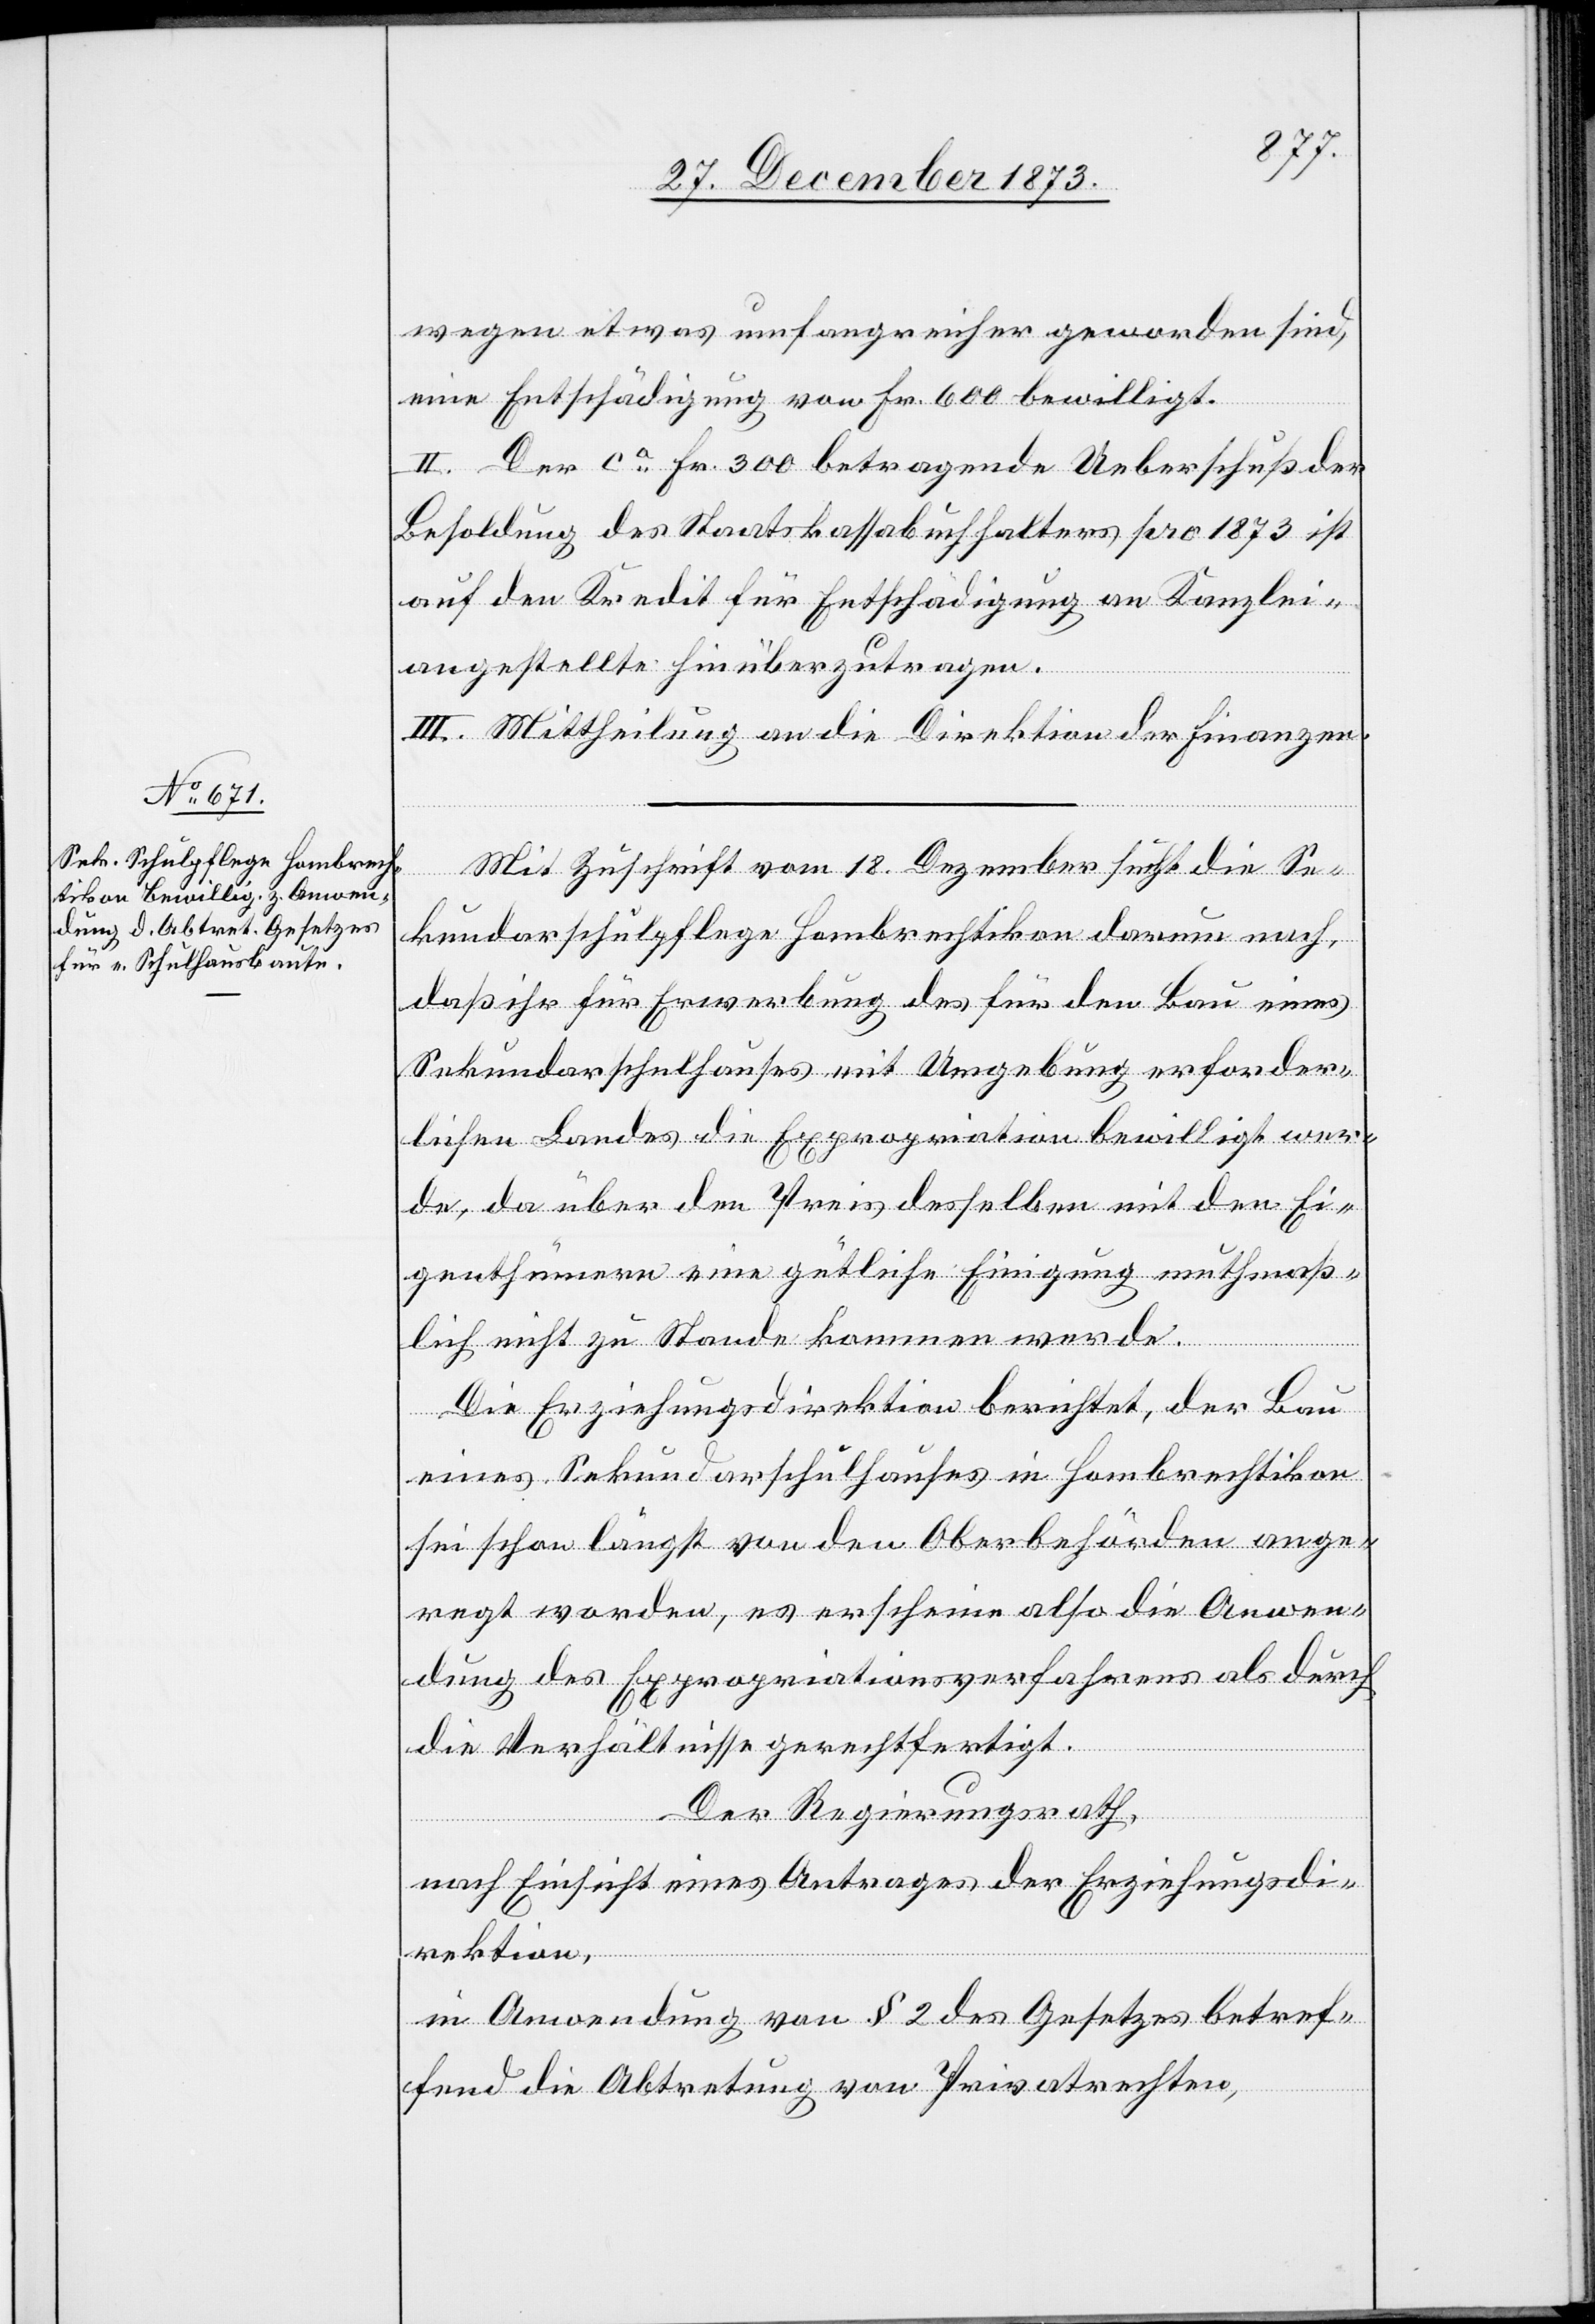
wegen etwas umfangreicher geworden sind,
eine Entschädigung von Fr. 600 bewilligt.
II. Der ca Fr. 300 betragende Ueberschuß der
Besoldung des Staatskassabuchhalters pro 1873 ist
auf den Kredit für Entschädigung an Kanzlei¬
angestellte hinüberzutragen.
III. Mittheilung an die Direktion der Finanzen.
Mit Zuschrift vom 18. Dezember sucht die Se¬
kundarschulpflege Hombrechtikon darum nach,
daß ihr für Erwerbung des für den Bau eines
Sekundarschulhauses mit Umgebung erforder¬
lichen Landes die Expropriation bewilligt wer¬
de, da über den Preis desselben mit den Ei¬
genthümern eine gütliche Einigung muthmaß¬
lich nicht zu Stande kommen werde.
Die Erziehungsdirektion berichtet, der Bau
eines Sekundarschulhauses in Hombrechtikon
sei schon längst von den Oberbehörden ange¬
regt worden, es erscheine also die Anwen¬
dung des Expropriationsverfahrens als durch
die Verhältnisse gerechtfertigt.
Der Regierungsrath,
nach Einsicht eines Antrages der Erziehungsdi¬
rektion,
in Anwendung von § 2 des Gesetzes betref¬
fend die Abtretung von Privatrechten,